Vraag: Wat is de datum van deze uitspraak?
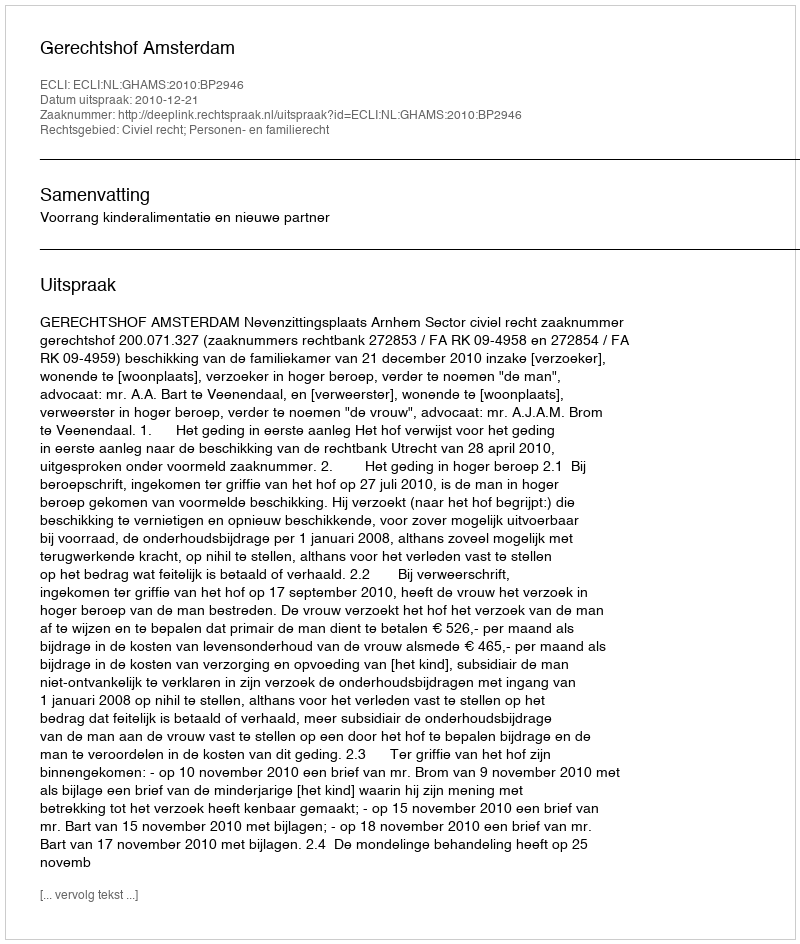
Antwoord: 2010-12-21